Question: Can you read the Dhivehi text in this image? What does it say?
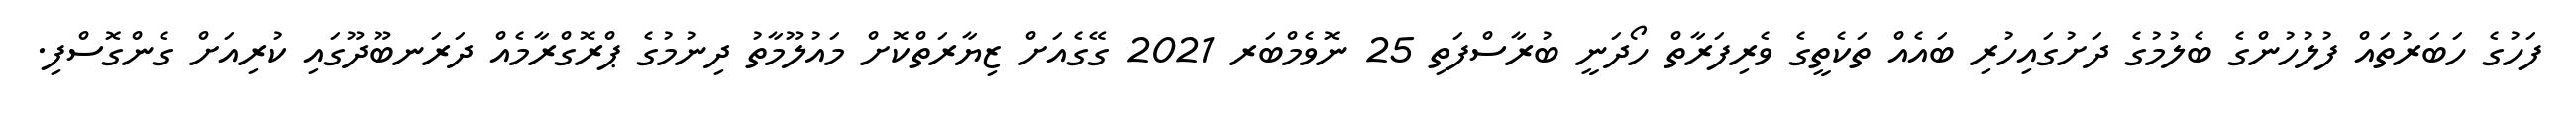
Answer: ފަހުގެ ހަބަރުތައް ފުލުހުންގެ ބެލުމުގެ ދަށުގައިހުރި ބައެއް ތަކެތީގެ ވެރިފަރާތް ހޯދަނީ ބުރާސްފަތި 25 ނޮވެމްބަރ 2021 ގޭގެއަށް ޒިޔާރަތްކޮށް މައުލޫމާތު ދިނުމުގެ ޕްރޮގްރާމެއް ދަރަނބޫދޫގައި ކުރިއަށް ގެންގޮސްފި.